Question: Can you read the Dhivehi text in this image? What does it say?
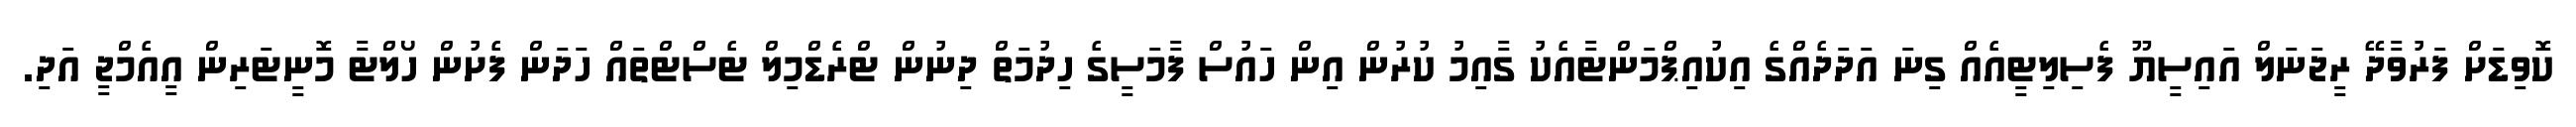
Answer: ކޮވިޑަށް ފަރުވާދޭ ރީޖަނަލް އައިސީޔޫ ފެސިލިޓީއެއް ގިނަ އަދަދެއްގެ އިކުއިޕްމަންޓާއެކު ގާއިމު ކުރުން އިން ހައުސް ފާމަސީގެ ހިދުމަތް ދިނުން ޓްރެޑްމިލް ޓެސްޓްތައް ހަދަން ފެށުން ހޯލްޓާ މޮނީޓަރިން އީއެމްޖީ އަދި.